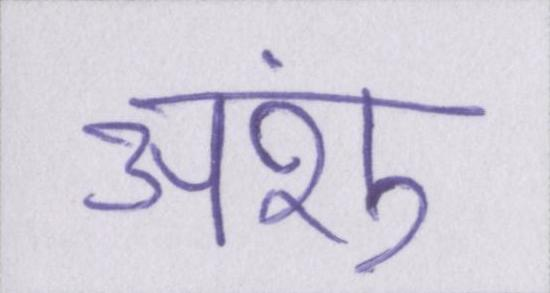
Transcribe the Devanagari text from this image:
अंशु